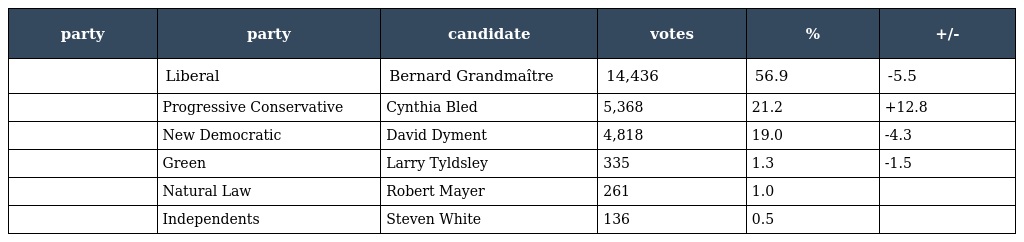
| party | party | candidate | votes | % | +/- |
 | --- | --- | --- | --- | --- | --- |
 |  | Liberal | Bernard Grandmaître | 14,436 | 56.9 | -5.5 |
 |  | Progressive Conservative | Cynthia Bled | 5,368 | 21.2 | +12.8 |
 |  | New Democratic | David Dyment | 4,818 | 19.0 | -4.3 |
 |  | Green | Larry Tyldsley | 335 | 1.3 | -1.5 |
 |  | Natural Law | Robert Mayer | 261 | 1.0 |  |
 |  | Independents | Steven White | 136 | 0.5 |  |